Leaving Certificate Examination (including Day School Certificate (Higher) General paper), 1936
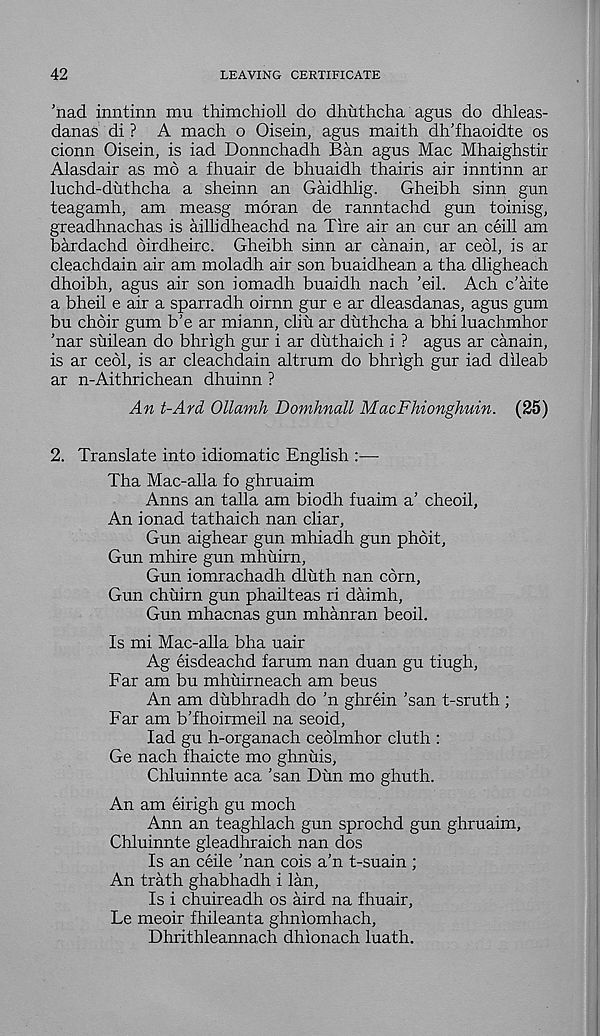
42
LEAVING CERTIFICATE
’nad inntinn mu thimchioll do dhuthcha agus do dhleas-
danas di ? A mach o Oisein, agus maith dh'fhaoidte os
cionn Oisein, is iad Donnchadh Ban agus Mac Mhaighstir
Alasdair as mo a fhuair de bhuaidh. thairis air inntinn ar
luchd-duthclia a sheinn an Gaidhlig. Gheibh sinn gun
teagamh, am measg moran de ranntachd gun toinisg,
greadhnachas is aillidheachd na Tire air an cur an ceill am
bardachd oirdheirc. Gheibh sinn ar canain, ar cebl, is ar
cleachdain air am moladh air son buaidhean a tha dligheach
dhoibh, agus air son iomadh buaidh nach ’eil. Ach c'aite
a bheil e air a sparradh oirnn gur e ar dleasdanas, agus gum
bu choir gum b’e ar miann, cliu ar duthcha a bhi luachmhor
Mar suilean do bhrigh gur i ar duthaich i ? agus ar canain,
is ar cedi, is ar cleachdain altrum do bhrigh gur iad dileab
ar n-Aithrichean dhuinn ?
An t-Ard Ollamh Domhnall MacFhionghuin. (25)
2. Translate into idiomatic English :—-
Tha Mac-alla fo ghruaim
Anns an talla am biodh fuaim a’ cheoil,
An ionad tathaich nan cliar,
Gun aighear gun mhiadh gun phoit,
Gun mhire gun mhuirn,
Gun iomrachadh dliith nan corn,
Gun chuirn gun phailteas ri daimh.
Gun mhacnas gun mhanran beoil.
Is mi Mac-alla bha uair
Ag eisdeachd farum nan duan gu tiugh,
Far am bu mhuirneach am beus
An am dubhradh do 'n ghrein ’san t-sruth ;
Far am b'fhoirmeil na seoid,
lad gu h-organach ceolmhor cluth :
Ge nach fhaicte mo ghnuis,
Chluinnte aca ’san Dun mo ghuth.
An am eirigh gu moch
Ann an teaghlach gun sprochd gun ghruaim,
Chluinnte gleadhraich nan dos
Is an cede ’nan cois a’n t-suain ;
An trath ghabhadh i lan.
Is i chuireadh os aird na fhuair,
Fe meoir fhileanta ghniomhach,
Dhrithleannach dhionach luath.